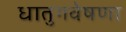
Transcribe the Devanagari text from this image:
धातुगवेषणा